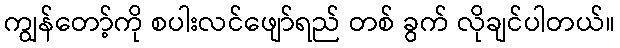
ကျွန်တော့်ကို စပါးလင်ဖျော်ရည် တစ် ခွက် လိုချင်ပါတယ်။